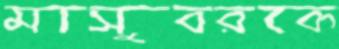
মাসুবরকে